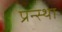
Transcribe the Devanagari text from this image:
प्रन्स्था